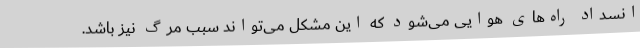
انسداد راه‌های هوایی می‌شود که این مشکل می‌تواند سبب مرگ نیز باشد.